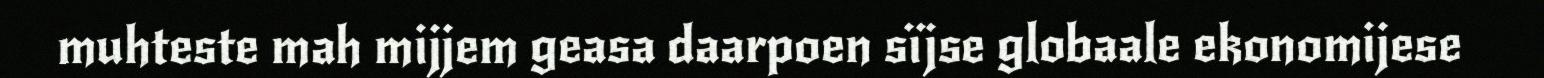
muhteste mah mijjem geasa daarpoen sïjse globaale ekonomijese